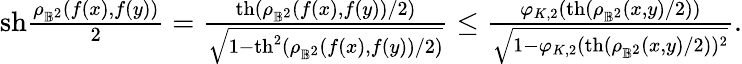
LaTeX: \begin{array}{r}{\mathrm{sh}\frac{\rho_{\mathbb{B}^{2}}(f(x),f(y))}{2}=\frac{\mathrm{th}(\rho_{\mathbb{B}^{2}}(f(x),f(y))/2)}{\sqrt{1-\mathrm{th}^{2}(\rho_{\mathbb{B}^{2}}(f(x),f(y))/2)}}\leq\frac{\varphi_{K,2}(\mathrm{th}(\rho_{\mathbb{B}^{2}}(x,y)/2))}{\sqrt{1-\varphi_{K,2}(\mathrm{th}(\rho_{\mathbb{B}^{2}}(x,y)/2))^{2}}}.}\end{array}